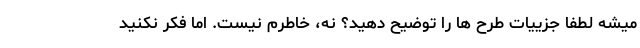
میشه لطفا جزییات طرح ها را توضیح دهید؟ نه، خاطرم نیست. اما فکر نکنید